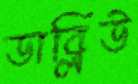
ডাব্লিউ